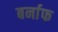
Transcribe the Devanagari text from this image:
बर्नाफ